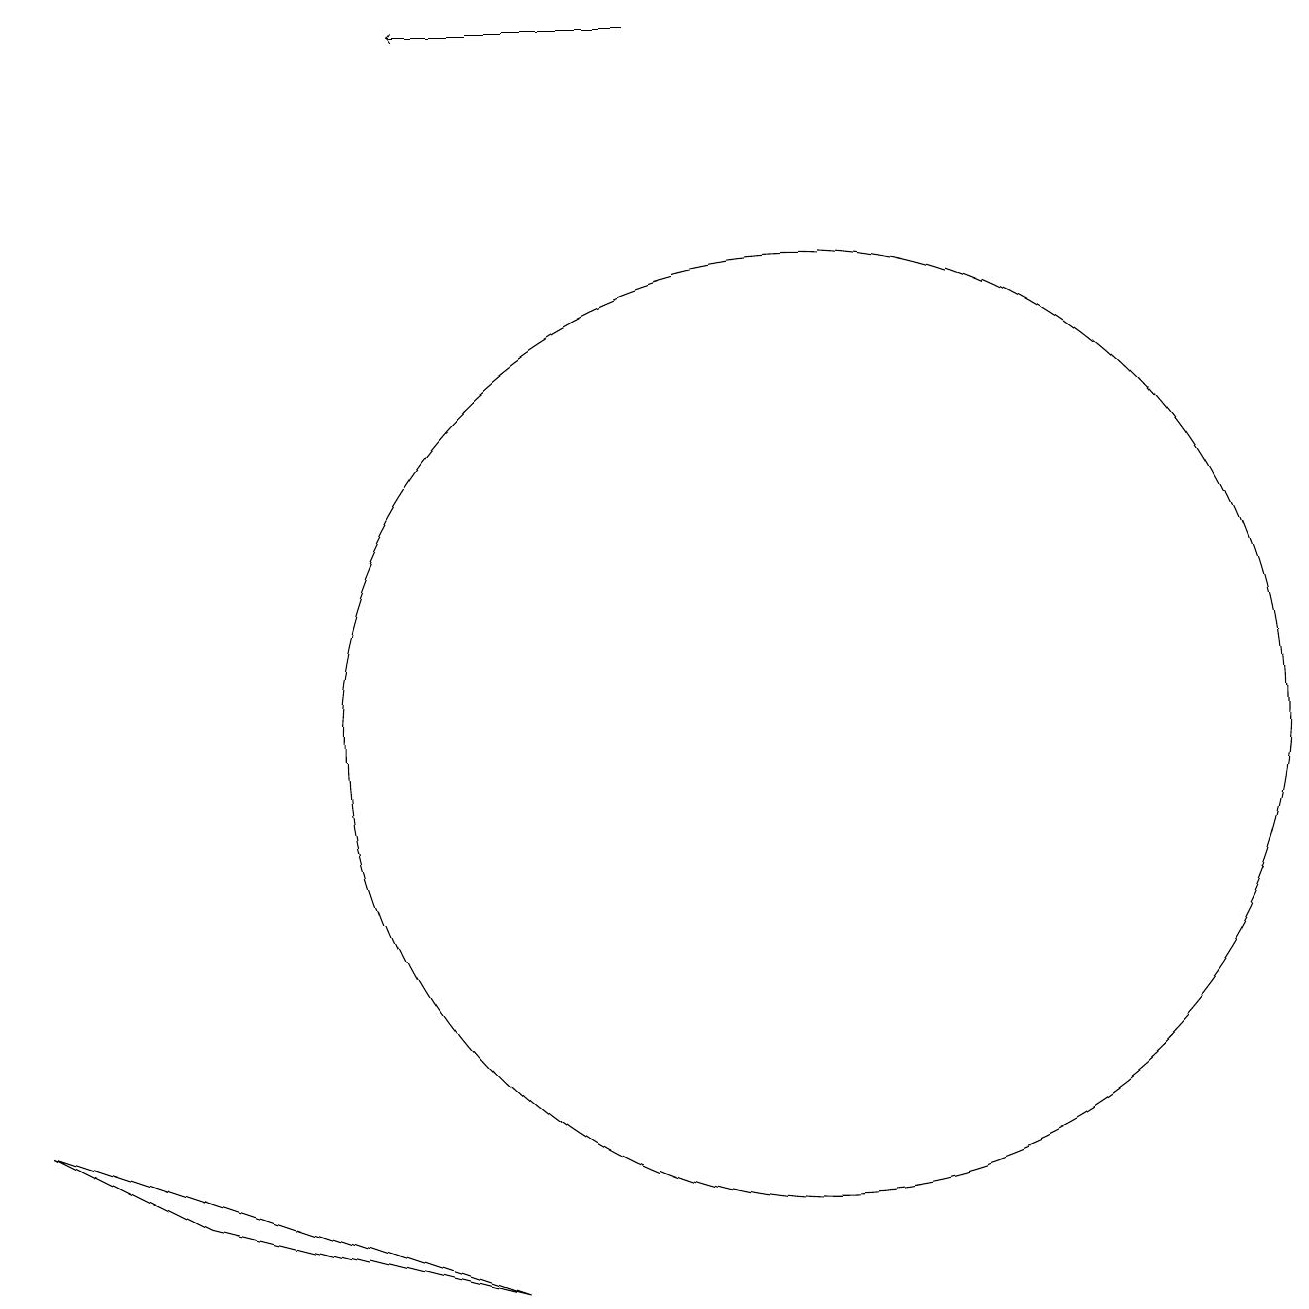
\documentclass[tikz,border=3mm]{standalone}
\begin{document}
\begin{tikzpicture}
\draw (2,4) -- (6,3) -- (0,5) -- cycle;
\draw (10,10) circle (6);
\draw[->] (8,19) -- (5,19);
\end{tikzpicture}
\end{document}